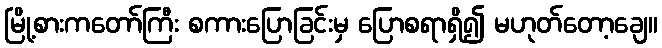
မြို့စားကတော်ကြီး စကားပြောခြင်းမှ ပြောစရာရှိ၍ မဟုတ်တော့ချေ။